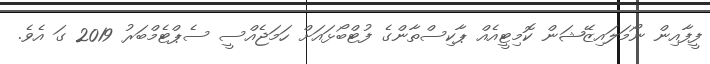
ފީފާއިން ނޯމަލައިޒޭޝަން ކޮމިޓީއެއް ޕާކިސްތާންގެ ފުޓްބޯޅަައަށް ހަމަޖެއްސީ ސެޕްޓެމްބަރު 2019 ގަ އެވެ.